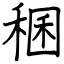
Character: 稛